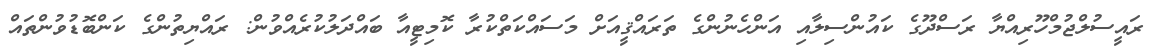
ރައީސުލްޖުމްހޫރިއްޔާ ރަސްދޫގެ ކައުންސިލާއި އަންހެނުންގެ ތަރައްޤީއަށް މަސައްކަތްކުރާ ކޮމިޓީއާ ބައްދަލުކުރެއްވުން: ރައްޔިތުންގެ ކަންބޮޑުވުންތައް